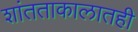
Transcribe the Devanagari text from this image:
शांतताकालातही